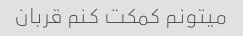
میتونم کمکت کنم قربان